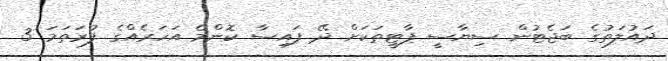
ދައުލަތުގެ ބަޖެޓުން ސިޔާސީ ޕާޓީތަކަށް ދޭ ފައިސާ ކޮންމެ އަހަރެއްގެ ފުރަތަމަ 3